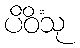
ပိဝိံသု